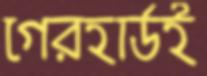
গেরহার্ডই